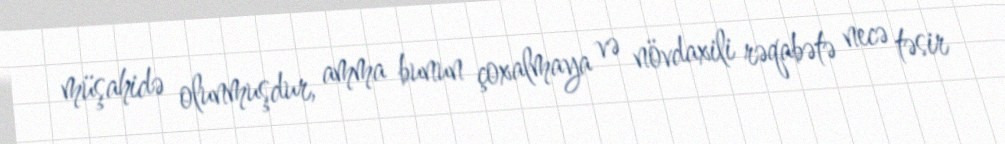
müşahidə olunmuşdur, amma bunun çoxalmaya və növdaxili rəqabətə necə təsir